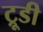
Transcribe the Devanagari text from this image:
ट्रूडी